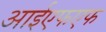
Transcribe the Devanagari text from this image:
आईएफएफ